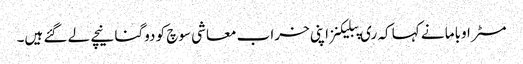
مسٹر اوباما نے کہا کہ ری پبلیکنز اپنی خراب معاشی سوچ کو دوگنا نیچے لے گئے ہیں۔